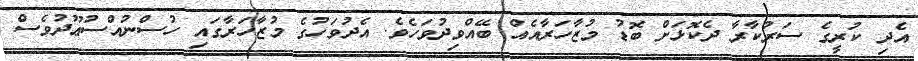
އެދި ކުރީގެ ސަރުކާރާ ދެކޮޅަށް ބޮޑު މުޒާހަރާއެއް ބޭއްވިދުވަހެވެ. އެދުވަހުގެ މުޒާހަރާގައި ހުސްނުއްސުޢޫދުވެސް